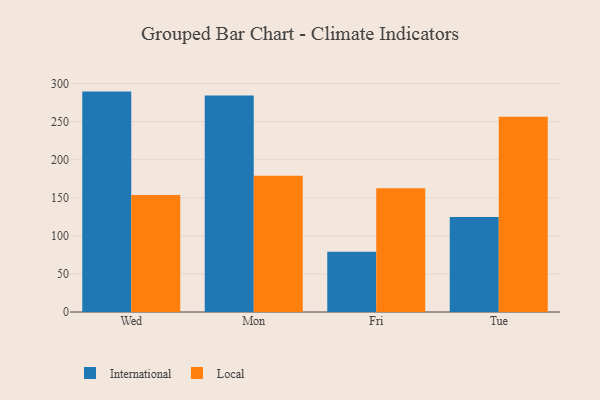
{"axis": {"x": "Day", "y": "Page Views"}, "legend": ["International", "Local"], "data": [{"x": "Wed", "y": 289.5, "type": "International"}, {"x": "Wed", "y": 153.7, "type": "Local"}, {"x": "Mon", "y": 284.5, "type": "International"}, {"x": "Mon", "y": 179.1, "type": "Local"}, {"x": "Fri", "y": 79.2, "type": "International"}, {"x": "Fri", "y": 162.4, "type": "Local"}, {"x": "Tue", "y": 124.9, "type": "International"}, {"x": "Tue", "y": 256.5, "type": "Local"}]}